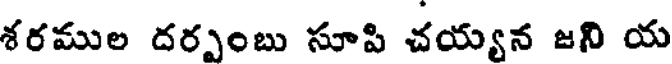
శరముల దర్పంబు సూపి చయ్యన జని య